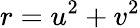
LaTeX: r=u^{2}+v^{2}